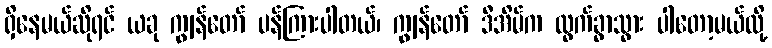
ရှိနေမယ်ဆိုရင် ယခု ကျွန်တော် ပန်ကြားပါတယ်၊ ကျွန်တော် ဒီအိမ်က ထွက်ခွာသွား ပါတော့မယ်လို့